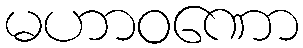
မဟာဝဏော